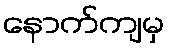
နောက်ကျမှ